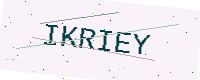
Text: IKRIEY